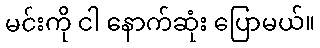
မင်းကို ငါ နောက်ဆုံး ပြောမယ်။